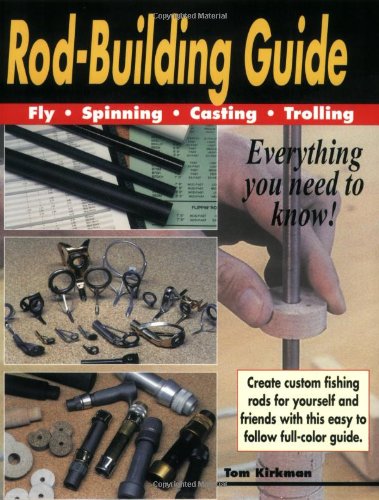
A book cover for Rod-Building Guide: Fly, Spinning, Casting, Trolling; Tom Kirkman; Crafts, Hobbies & Home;